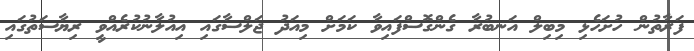
ފަރާތުން ހުށަހެޅި މިބިލް އަނބުރާ ގެންގޮސްފައިވާ ކަމަށް މިއަދު ޖަލްސާގައި އިއުލާނުކުރެއްވީ ރިޔާސަތުގައި